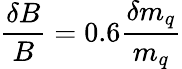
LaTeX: \frac{\delta B}{B}=0.6\frac{\delta m_{q}}{m_{q}}